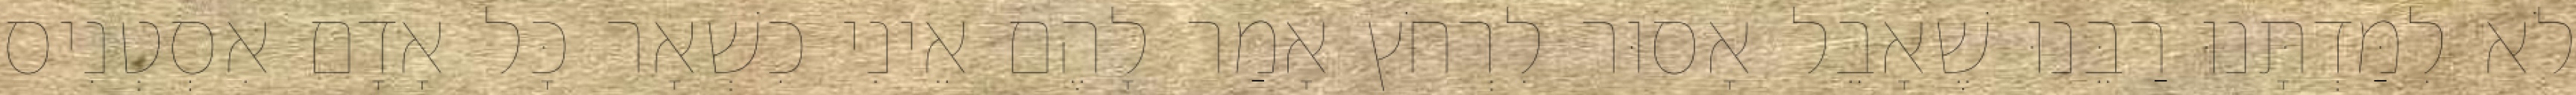
לֹא לִמַּדְתָּנוּ רַבֵּנוּ שֶׁאָבֵל אָסוּר לִרְחֹץ אָמַר לָהֶם אֵינִי כִשְׁאָר כָּל אָדָם אִסְטְנִיס